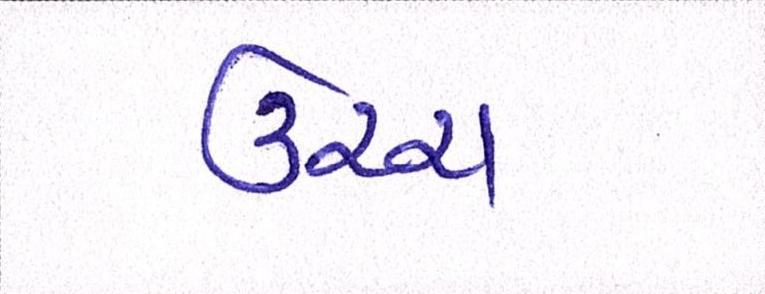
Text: ઉચ્ચ